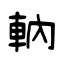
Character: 軜